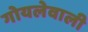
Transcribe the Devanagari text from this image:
गोयलेवाली